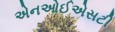
એનઓઈએસટી